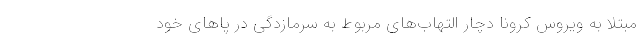
مبتلا به ویروس کرونا دچار التهاب‌های مربوط به سرمازدگی در پاهای خود